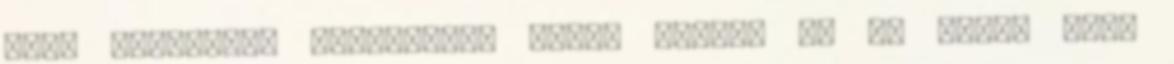
hogy Villámlás megszökött volna tőlem, és az után, hogy